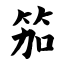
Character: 笳